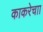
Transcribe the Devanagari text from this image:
काकरेचाा